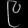
Digit: ၉